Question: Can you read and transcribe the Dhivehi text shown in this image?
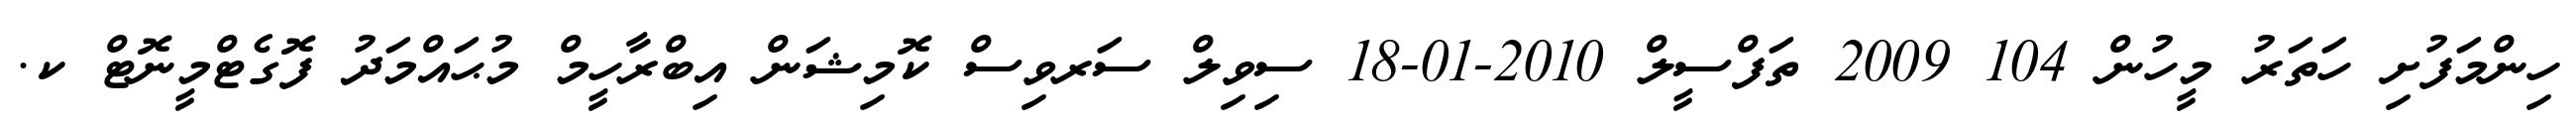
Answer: ހިންމަފުށި ހަތަރު މީހުން 104 2009 ތަފްސީލް 2010-01-18 ސިވިލް ސަރވިސް ކޮމިޝަން އިބްރާހީމް މުޙައްމަދު ފޮގެޓްމީނޮޓް ކ.